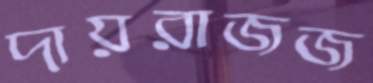
দায়রাজজ